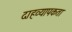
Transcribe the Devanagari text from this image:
दाहव्यापकता